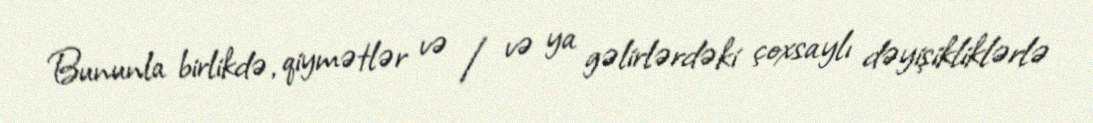
Bununla birlikdə, qiymətlər və / və ya gəlirlərdəki çoxsaylı dəyişikliklərlə